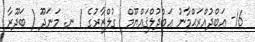
16- ޢަބްދުއްރަޙްމާނު ޢަބްދުލްޤައްޔޫމް  ގުލްޒާރުގެ / ނ. މަނަދޫ ( ބަދޫރާ